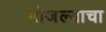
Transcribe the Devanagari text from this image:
मोजल्याचा